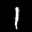
Label: 1